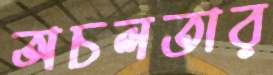
অচলতার